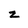
Character: z